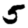
Digit: 5